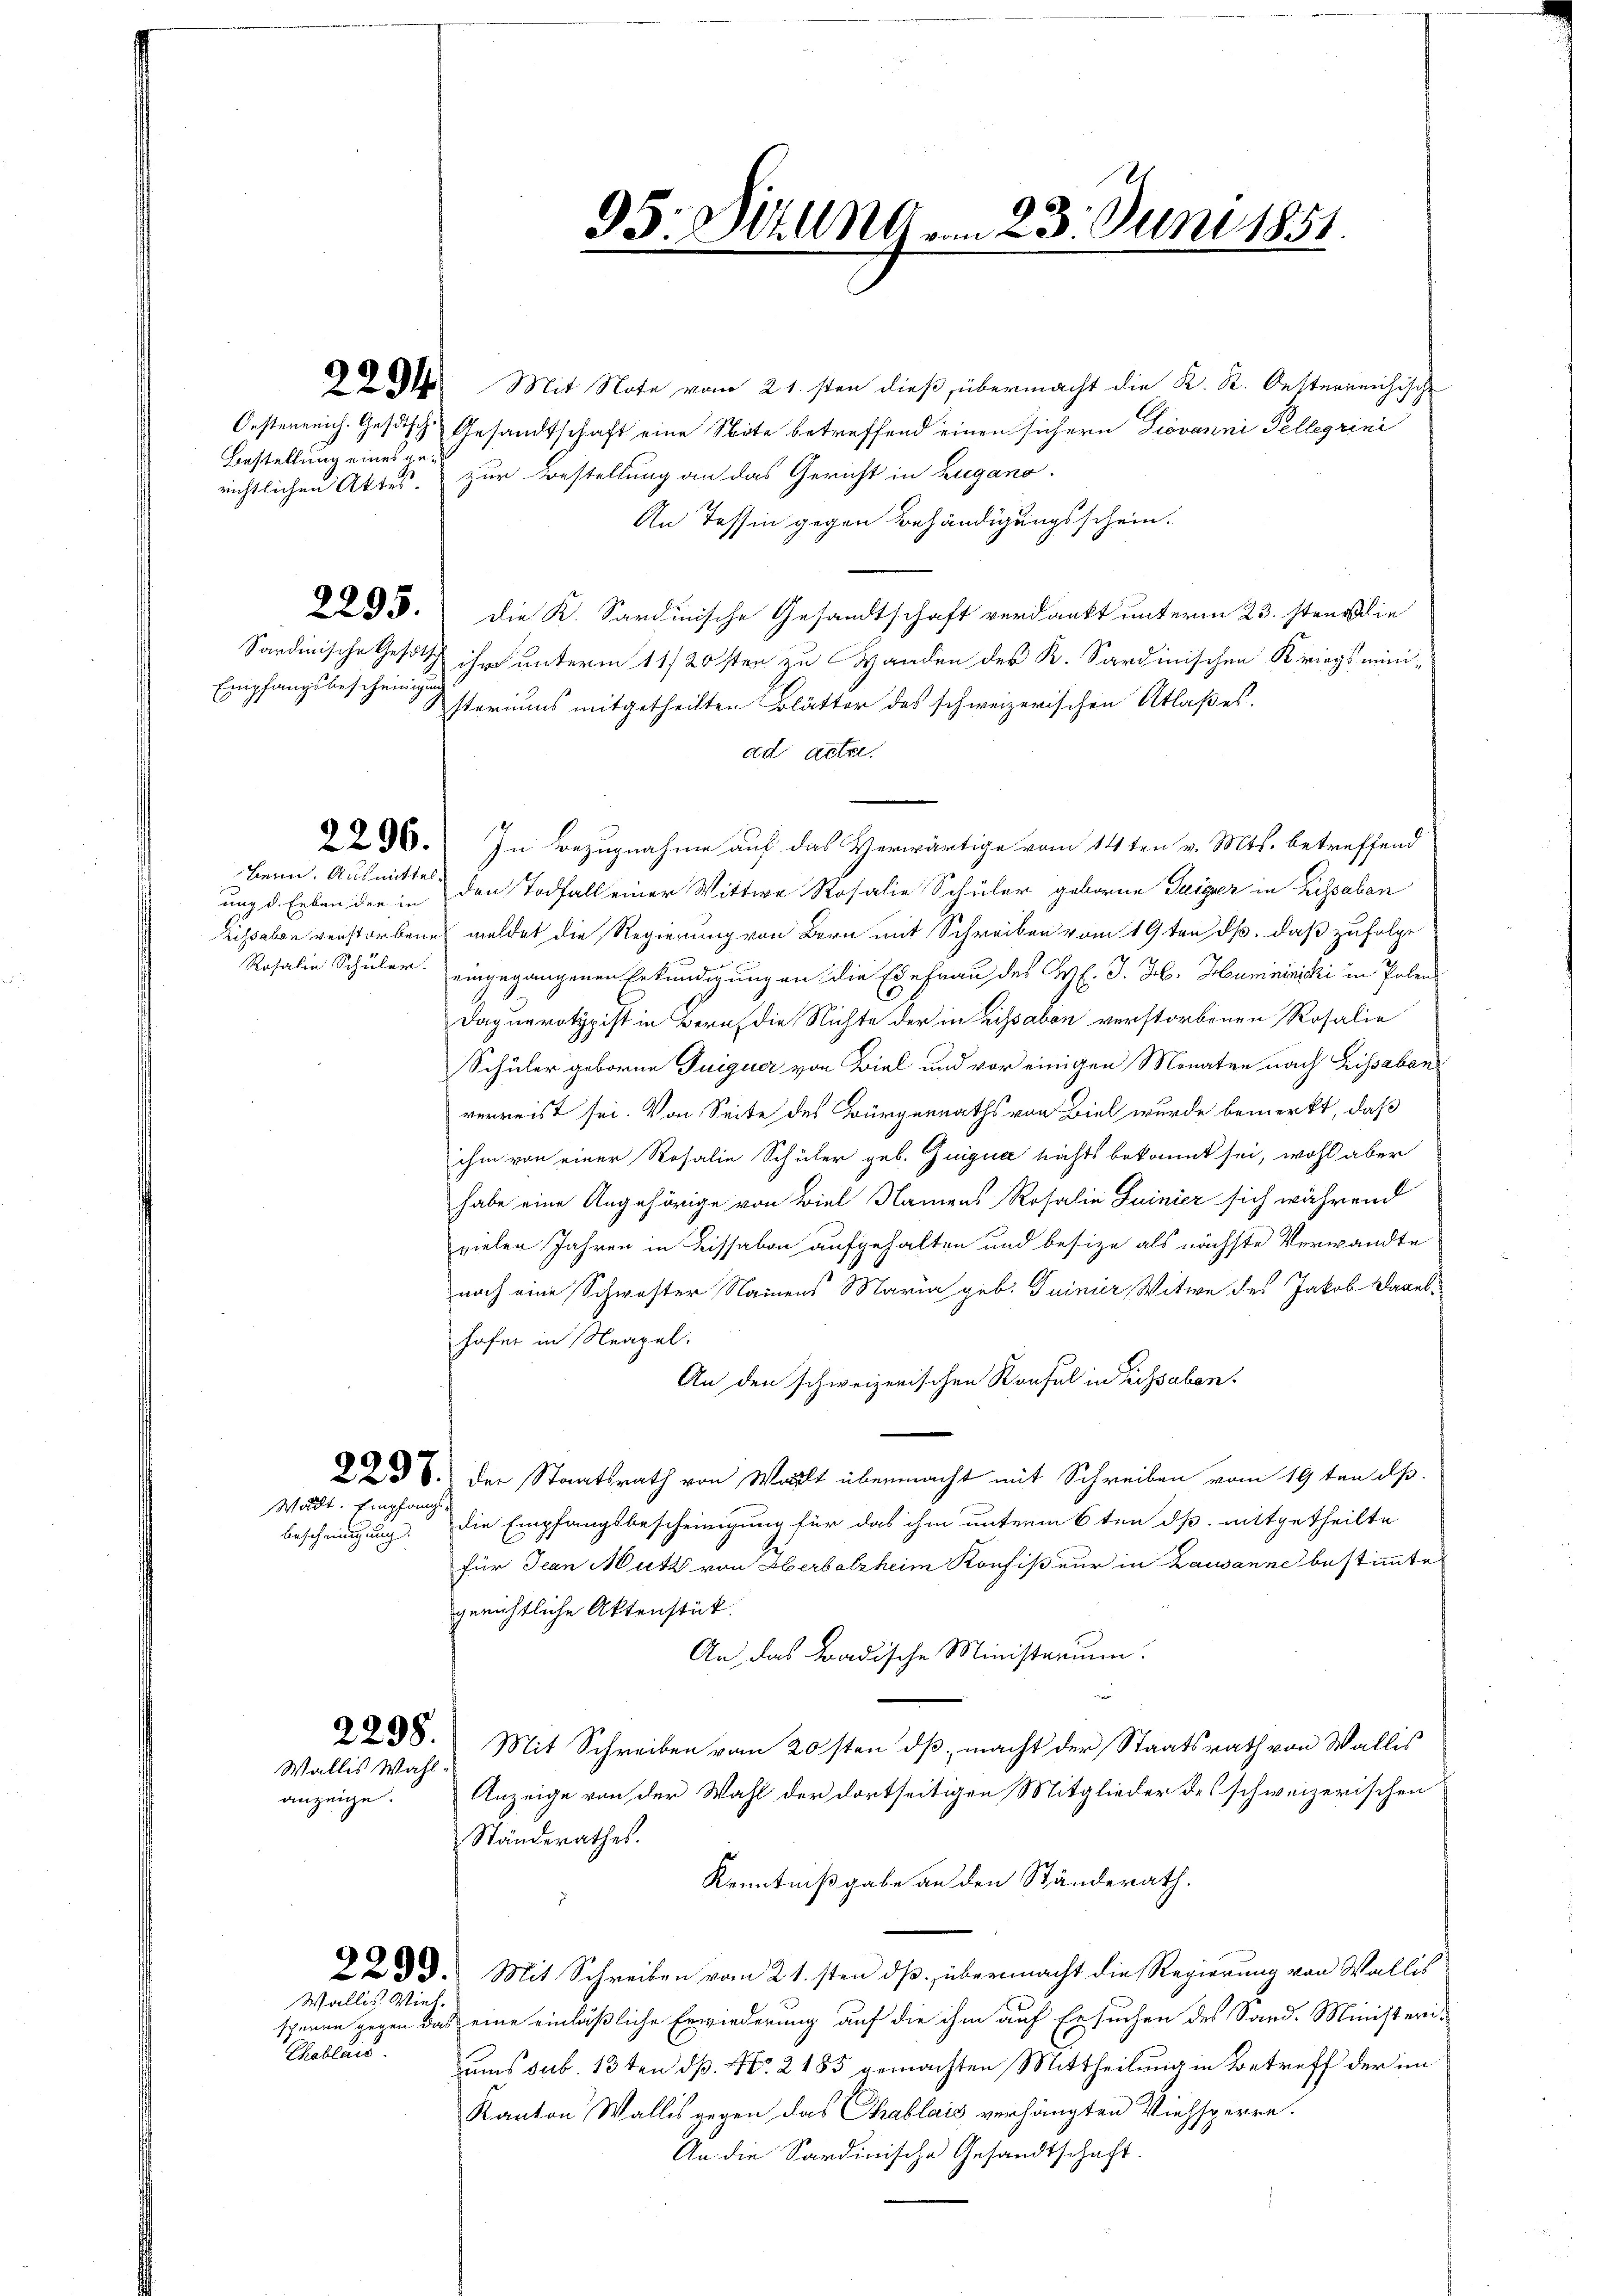
Empfangsbescheinigung

Bestellung eines ge¬

2295.

Bern. Ausmittel¬

Wadt. Empfang.
bescheinigung.

Wallis Wahl
anzeige.

Wallis Viel-

Chablais.

14. Mit Note vom 21.sten dieß, übermacht die K. K. Oesterreichische
Oesterreich. Gesetzsche Gesandtschaft eine Note betreffend einen sichern Giovanni Tellerini
richtlichen Aktes zur Bestellung an das Gericht in Zugano.
An Tessin gegen Behändigungsschein.
Die K. Sardinische Gesandtschaft verdankt unterm 23. stens die
Sardinische Gesich ihm unterm 11/20sten zu Handen der K. Sardinischen Kriegsministeriums mitgetheilten Blätter des schweizerischen Atlaßes,
ad acter.
2296. In Bezugnahme auf das Herwärtige vom 14ten v. Mts. betreffend
ung d. Erben der in den Todfall einer Wittwe Rosalie Schüler geboren Teiger in Rissaben
Lissaben verstorbenen meldet die Regierung von Bern mit Schreiben vom 19ten dß, daß zufolge
7
Rosalia Schüler eingegangenen Erkundigungen die Ehefrau des Hl. J. H. Humininicki in Polen
Daguerotypist in Beruf die Richte der in Lissabon verstorbenen Rosalie
Schüler geborene Guiguer von Biel und vor einigen Monaten nach Lissaban
verreist sei. Von Seite des Bürgerraths von Biel wurde bemerkt, daß
ihm von einer Rosalie Schüler geb. Guiguae nichts bekannt sei, wohl aber
habe eine Angehörige von Biel Namens Rosalia Luinier sich während
vielen Jahren in Lissabon aufgehalten und besitze als nächste Verwandte
nach eine Schwester Namens Maria geb. Tuinier Witwe des Jakob Danebhofer in Neapel.
An den schweizerischen Konsul in Sissaben.
238. Der Staatsrath von Walt übermacht mit Schreiben vom 19 ten dß.
die Empfangsbescheinigung für das ihm unterm 6ten dß. mitgetheilte
für Jean Mutz von Herbolzheim Konfiß nur in Lausanne bestimmte
gerichtliche Aktenstück.
An das Badische Ministerium.
228. Mit Schreiben vom 20sten dß, macht der Staatsrath von Wallis
Anzeige von der Wahl der dortseitigen Mitglieder des schweizerischen
Ständerathes.
Kenntnißgabe an den Ständerath.
223. Mit Schreiben vom 21.sten dß, übermacht die Regierung von Wallis
sparen gegen das eine einläßliche Erwiederung auf die ihm auf Ersuchen des Sand. Ministeriums sub. 13ten dß. No. 2185 gemachten Mittheilung in Betreff der im
Kanton Wallis gegen das Chablais verhängten Viehsperre.
An die Sardinische Gesandtschaft.

95: Sitzung am 23. Juni 1851.